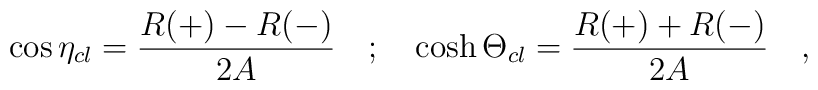
\cos \eta _{cl}=\frac{R(+)-R(-)}{2A}\quad ;\quad \cosh \Theta _{cl}=\frac{R(+)+R(-)}{2A}\quad ,